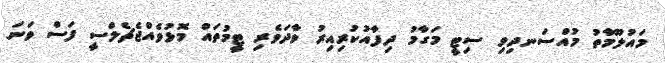
މައުލޫމާތު މުއްސަނދިވި ސިޓީ މަގާމު ދިފާއުކުރިއިރު ވާދަވެރި ޓީމުތައް މޮޅުވެއްޖެޗެލްސީ ފަސް ވަނަ